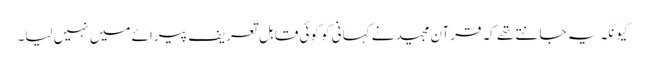
کیونکہ یہ جانتے تھے کہ قرآن مجید نے کہانی کو کوئی قابل تعریف پیرائے میں نہیں لیا۔